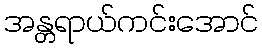
အန္တရာယ်ကင်းအောင်